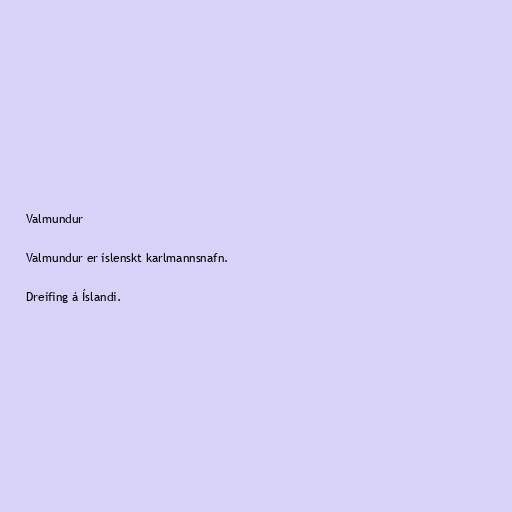
Valmundur

Valmundur er íslenskt karlmannsnafn.

Dreifing á Íslandi.